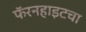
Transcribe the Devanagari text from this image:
फॅरनहाइटचा